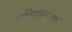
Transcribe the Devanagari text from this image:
मुस्लिमशासकों